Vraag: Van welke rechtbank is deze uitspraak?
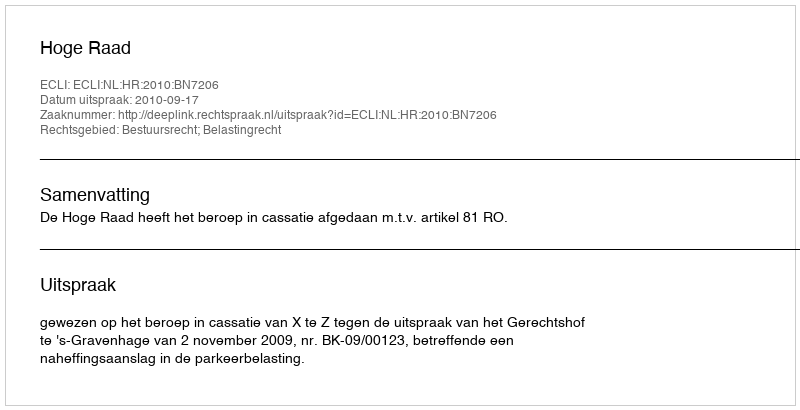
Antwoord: Hoge Raad